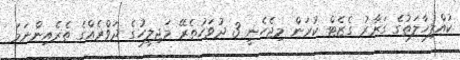
ކުއްލިހާލަތުގެ ގަރާރު ގެޒެޓް ކުރަން މިޖެހެނީ 3 ދުވަހުތެރޭ މަޖިލީހުގެ ދަވްރެއްގެ ތެރެއިންނަމަ